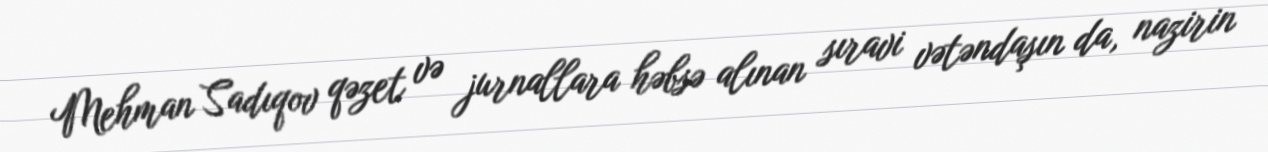
Mehman Sadıqov qəzet və jurnallara həbsə alınan sıravi vətəndaşın da, nazirin